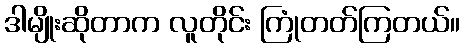
ဒါမျိုးဆိုတာက လူတိုင်း ကြုံတတ်ကြတယ်။